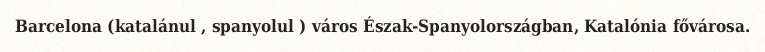
Barcelona (katalánul , spanyolul ) város Észak-Spanyolországban, Katalónia fővárosa.